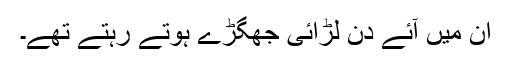
ان میں آئے دن لڑائی جھگڑے ہوتے رہتے تھے۔